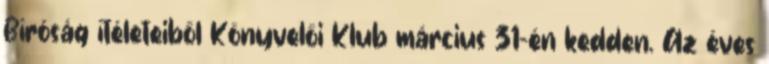
Bíróság ítéleteiből Könyvelői Klub március 31-én kedden. Az éves